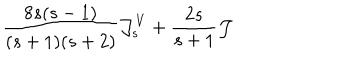
{ \frac { 8 s ( s - 1 ) } { ( s + 1 ) ( s + 2 ) } } { \cal J } _ { s } ^ { V } + { \frac { 2 s } { s + 1 } } { \cal J }